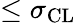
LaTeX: \leq\sigma_{\mathrm{CL}}